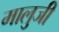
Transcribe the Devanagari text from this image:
मालुजी